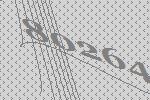
80264